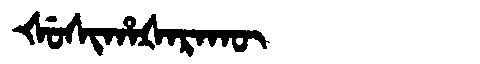
Manchu: ᡧᡠᠰᡳᡥᠠᡧᠠᡵᠠᡴᡡ
Romanization: ŠUSIHAŠARAKŪ